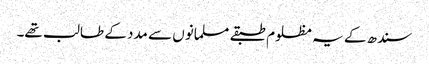
سندھ کے یہ مظلوم طبقے مسلمانوں سے مدد کے طالب تھے۔